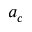
a _ { c }